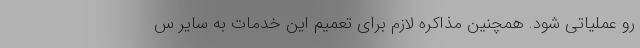
رو عملیاتی شود. همچنین مذاکره لازم برای تعمیم این خدمات به سایر س